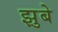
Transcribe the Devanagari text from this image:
झुबे